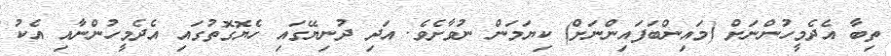
ތިބާ އެދެމީހުންނަށް (މައިންބަފައިންނަށް) ކިޔަމަން ނުވާށެވެ. އަދި ދުނިޔޭގައި ހެޔޮގޮތުގައި އެދެމީހުންނާއި އެކު